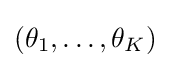
(\theta _{1},\ldots ,\theta _{K})